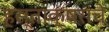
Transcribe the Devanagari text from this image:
हस्ताक्षरांचे